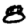
Digit: 8